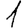
Digit: 1